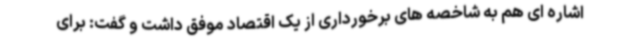
اشاره ای هم به شاخصه های برخورداری از یک اقتصاد موفق داشت و گفت: برای